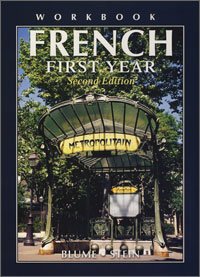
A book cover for French: First Year; Eli Blume; Teen & Young Adult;